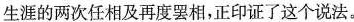
生涯的两次任相及再度罢相，正印证了这个说法。